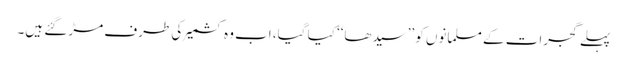
پہلے گجرات کے مسلمانوں کو ’’سیدھا‘‘ کیا گیا، اب وہ کشمیر کی طرف مڑ گئے ہیں۔